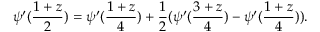
\psi ^ { \prime } ( \frac { 1 + z } { 2 } ) = \psi ^ { \prime } ( \frac { 1 + z } { 4 } ) + \frac { 1 } { 2 } ( \psi ^ { \prime } ( \frac { 3 + z } { 4 } ) - \psi ^ { \prime } ( \frac { 1 + z } { 4 } ) ) .